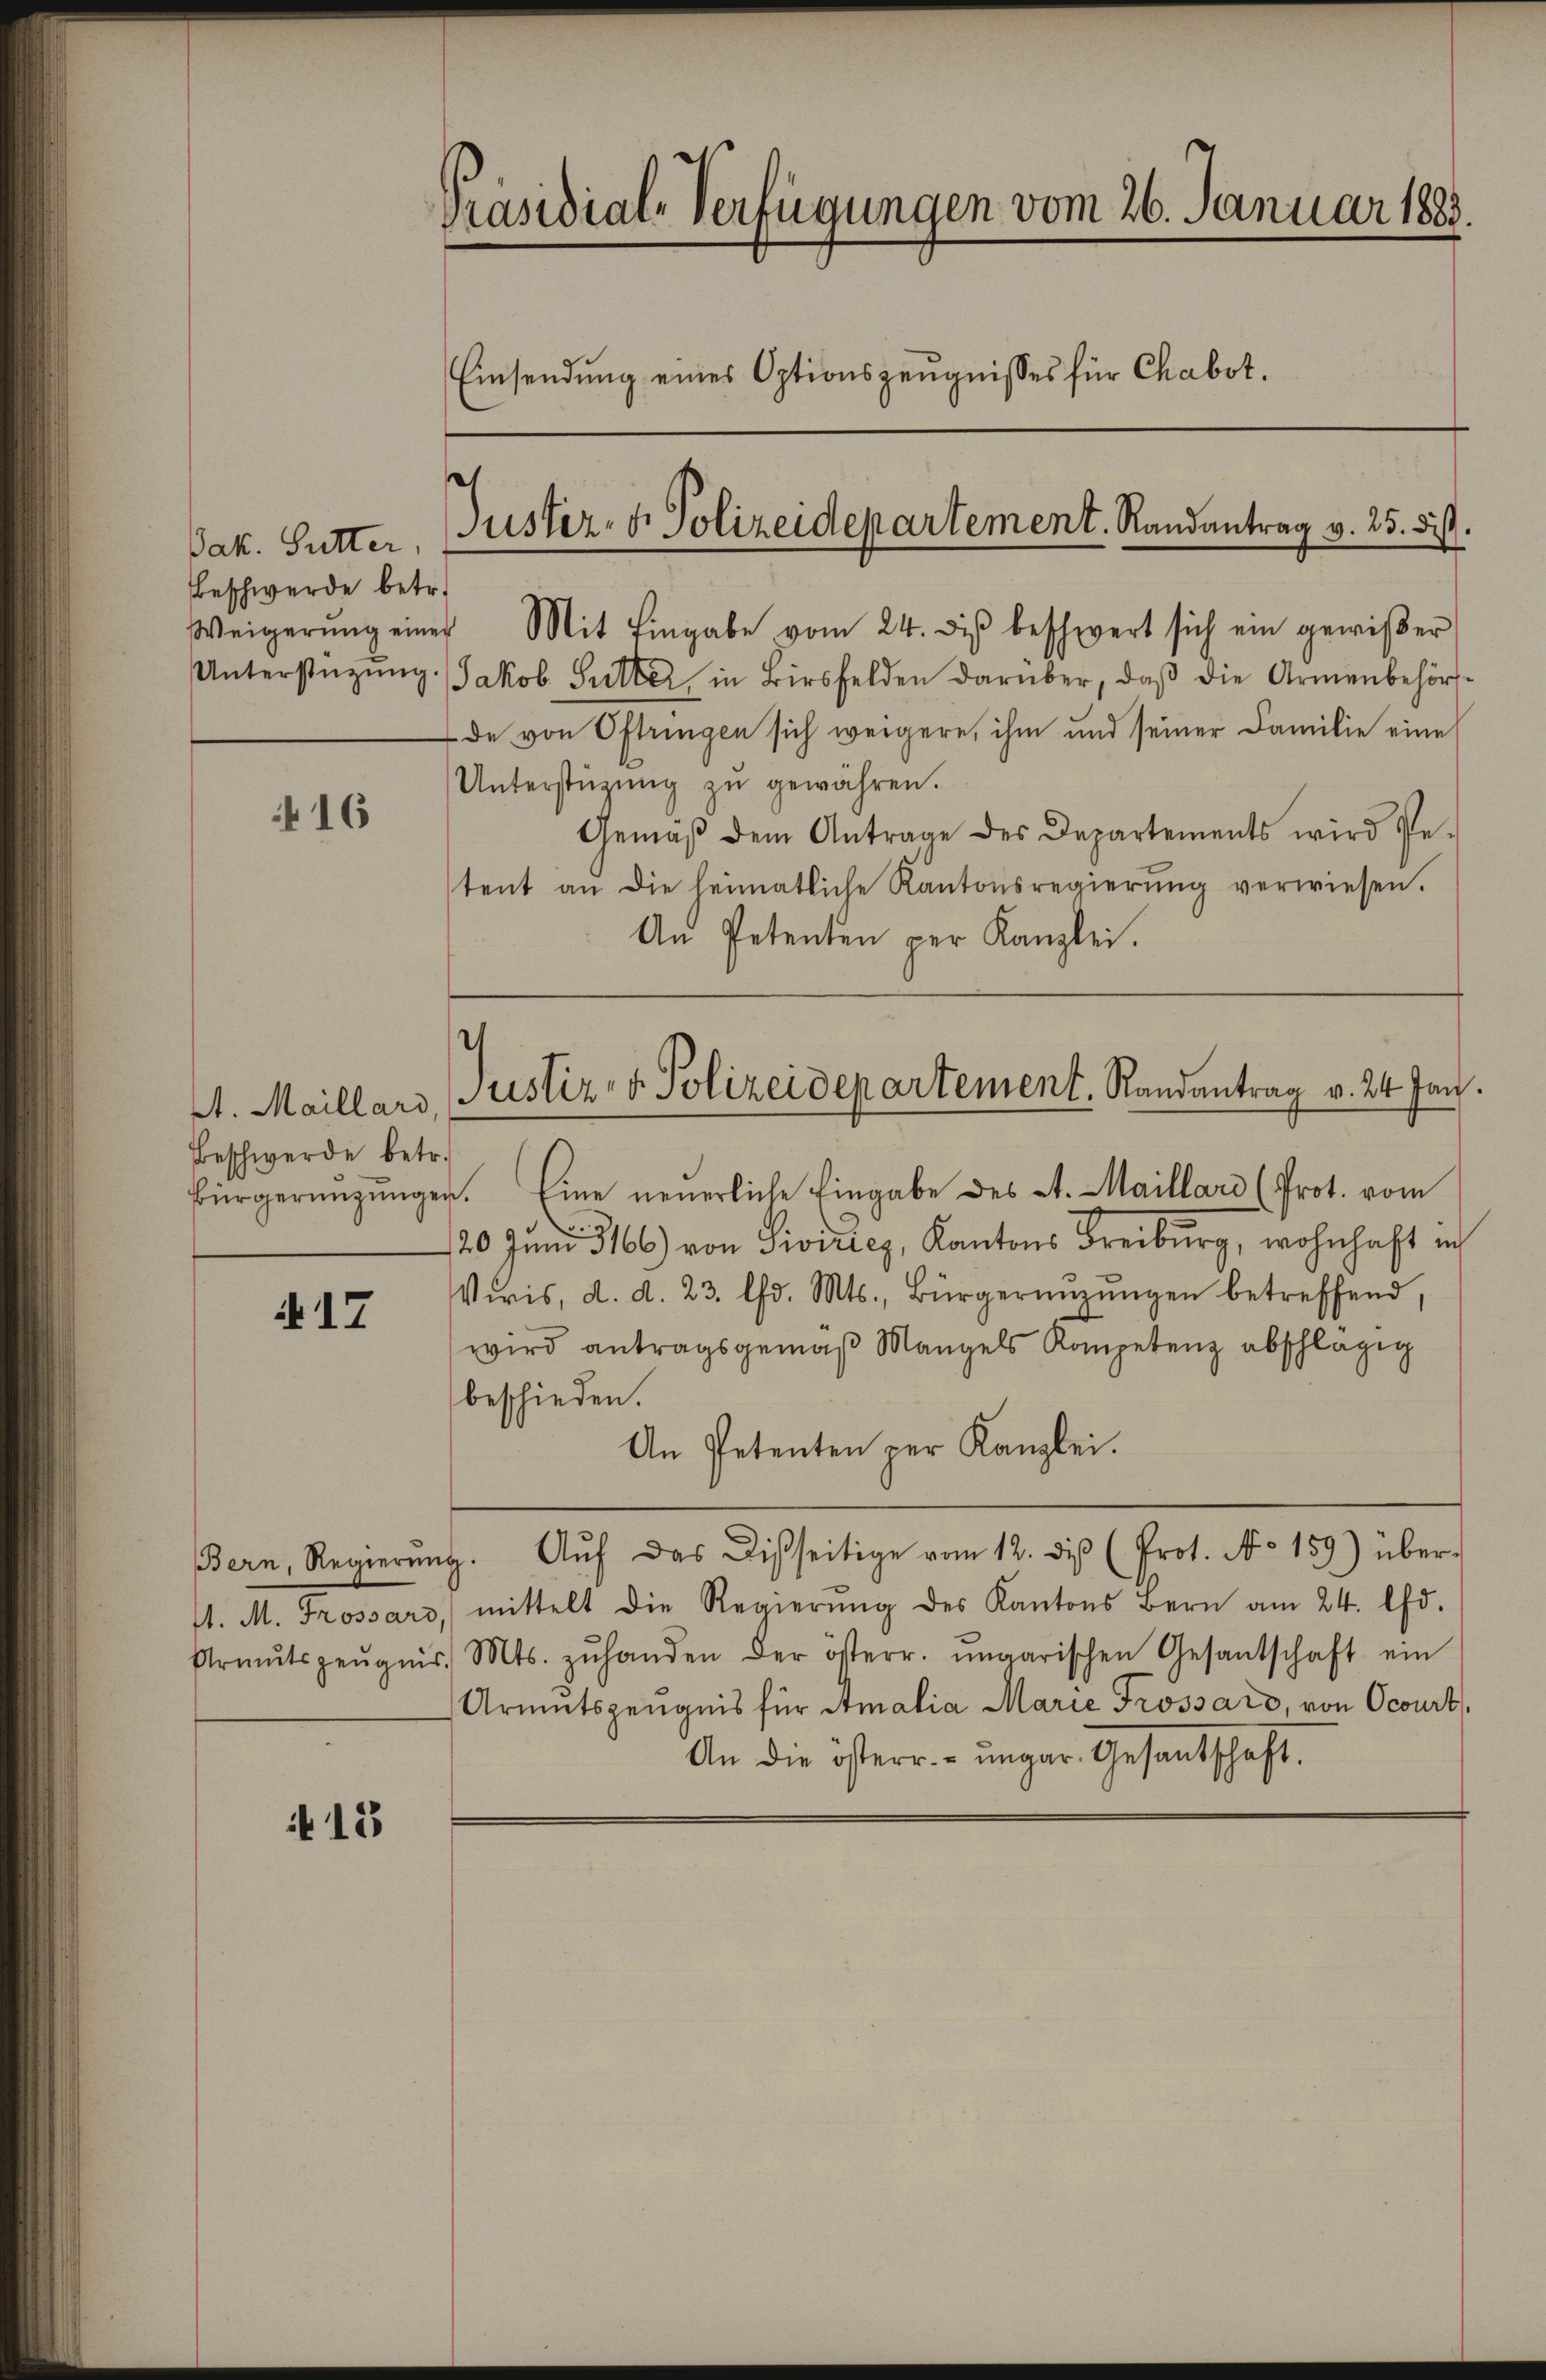
Jak. Sutter,
Beschwerde betr.
Unterstützung

416

At. Maillard,
Beschwerde betr.

17

f 13

Präsidial-Verfügungen vom 26. Januar 1883.
Einsendung eines Optionszeugnisses für Chabot.

Weigerŭng einer Mit Eingabe vom 24. diβ beschwert sich ein gewißer
Jakob Sutter in Birsfelden darüber, daβ die Armenbehör-
de von Oftringen sich weigere, ihm und seiner Familie eine
Unterstützŭng zŭ gewähren.
Gemäβ dem Antrage des Departements wird Pe-
tent an die heimatliche Kantonsregierŭng verwiesen.
An Petenten per Kanzlei.

Bürgernngŭngen. Eine neuerliche Eingabe des St. Maillari (Prot. vom
120. Juni 166) von Siviuiez, Kantons Freiburg, wohnhaft in
Viris, d. d. 23. lfd. Mts., Bürgernŭzŭngen betreffend,
wird antragsgemäβ Mangels Kompetenz abschlägig
beschieden.
An Petenten per Kanzlei.
Bern, Regierŭng. Aŭf das Disseitige vom 12. diβ (Prot. No 159) über-
11. M. Trossard, mittelt die Regierŭng des Kantons Bern am 24. Chr.
Armŭtszeŭgnis. Mts. zŭ handen der österr. ungarischen Gesantschaft ein
Armutszeugnis für Amalia Marie Trossard, von Ocourt
An die österr.-ungar. Gesandschaft.

c
Jüster- u. Polizeidepartement. Randantrag v. 25. ds.

Justiz- & Polizeidepartement. Randantrag v. 24 Jan.